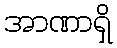
အာဏာရှိ